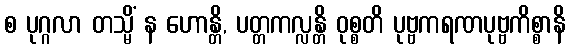
စ ပုဂ္ဂလာ တသ္မိံ န ဟောန္တိ, ပတ္တကလ္လန္တိ ဝုစ္စတိ ပုဗ္ဗကရဏပုဗ္ဗကိစ္စာနိ